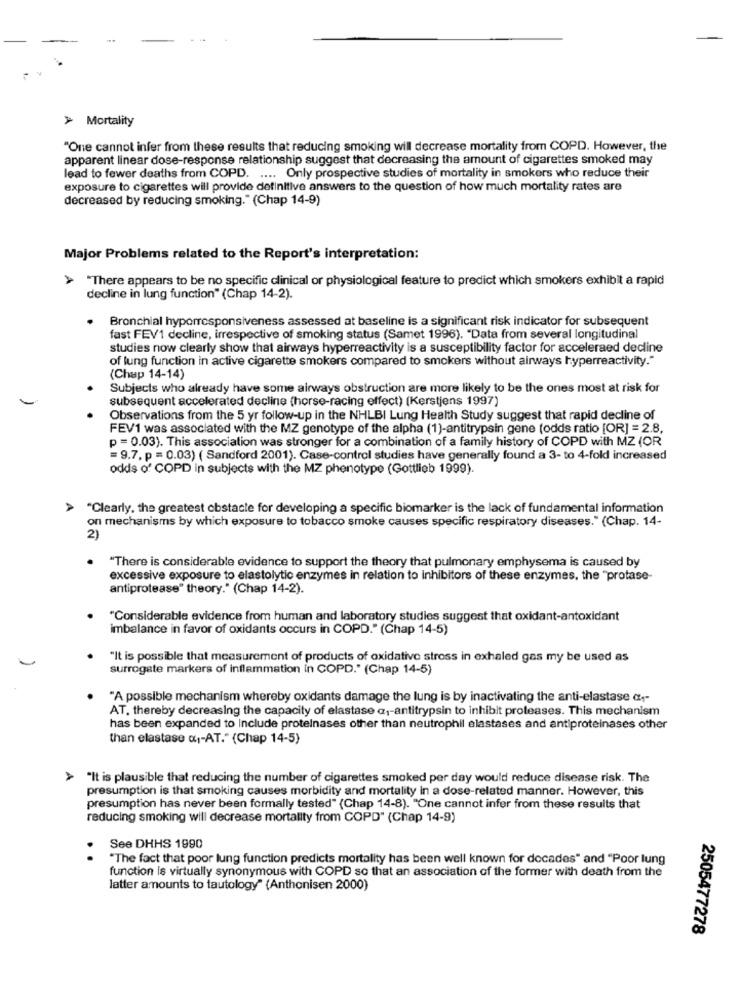
> Mortality
"One cannot infer from these results that reducing smoking will decrease mortality from COPD. However, the
apparent linear dose-response relationship suggest that decreasing the amount of cigarettes smoked may
lead to fewer deaths from COPD. .... Only prospective studies of mortality in smokers who reduce their
exposure to cigarettes will provide definitive answers to the question of how much mortality rates are
decreased by reducing smoking." (Chap 14-9)
Major Problems related to the Report's interpretation:
"There appears to be no specific clinical or physiological feature to predict which smokers exhibit a rapid
decline in lung function" (Chap 14-2).
Bronchial hyporresponsiveness assessed at baseline is a significant risk indicator for subsequent
fast FEV1 decline, irrespective of smoking status (Samet 1996). "Data from several longitudinal
studies now clearly show that airways hyperreactivity is a susceptibility factor for acceleraed decline
of lung function in active cigarette smokers compared to smokers without airways hyperreactivity."
(Chup 14-14)
Subjects who already have some airways obstruction are more likely to be the ones most at risk for
subsequent accelerated decline (horse-racing effect) (Kerstjens 1997)
Observations from the 5 yr follow-up in the NHLBI Lung Health Study suggest that rapid decline of
FEV1 was associated with the MZ genotype of the alpha (1)-antitrypsin gene (odds ratio [OR] = 2.8,
p = 0.03). This association was stronger for a combination of a family history of COPD with MZ (OR
= 9.7. p = 0.03) ( Sandford 2001). Case-control studies have generally found a 3- to 4-fold increased
odds o' COPD in subjects with the MZ phenotype (Gottlieb 1999).
"Clearly, the greatest obstacle for developing a specific biomarker is the lack of fundamental information
on mechanisms by which exposure to tobacco smoke causes specific respiratory diseases." (Chap. 14-
2)
"There is considerable evidence to support the theory that pulmonary emphysema is caused by
excessive exposure to elastolytic enzymes in relation to inhibitors of these enzymes, the "protase-
antiprotease" theory." (Chap 14-2).
"Considerable evidence from human and laboratory studies suggest that oxidant-antoxidant
imbalance in favor of oxidants occurs in COPD." (Chap 14-5)
"It is possible that measurement of products of oxidative stress in exhaled gas my be used as
surrogate markers of inflammation in COPD." (Chap 14-5)
"A possible mechanism whereby oxidants damage the lung is by inactivating the anti-elastase ar-
AT. thereby decreasing the capacity of elastase a ,- antitrypsin to inhibit proteases. This mechanism
has been expanded to Include proteinases other than neutrophil elastases and antiproteinases other
than elastase «1-AT." (Chap 14-5)
> "It is plausible that reducing the number of cigarettes smoked per day would reduce disease risk. The
presumption is that smoking causes morbidity and mortality in a dose-related manner. However, this
presumption has never been formally tested" (Chap 14-8). "One cannot infer from these results that
reducing smoking will decrease mortality from COPD" (Chap 14-9)
See DHHS 1990
..
"The fact that poor lung function predicts mortality has been well known for decades" and "Poor lung
function is virtually synonymous with COPD so that an association of the former with death from the
latter amounts to tautology" (Anthonisen 2000)
2505477278